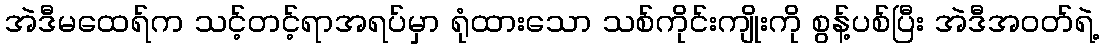
အဲဒီမထေရ်က သင့်တင့်ရာအရပ်မှာ ရုံထားသော သစ်ကိုင်းကျိုးကို စွန့်ပစ်ပြီး အဲဒီအဝတ်ရဲ့